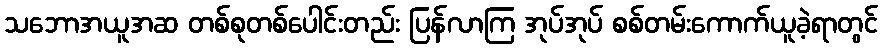
သဘောအယူအဆ တစ်စုတစ်ပေါင်းတည်း ပြန်လာကြ အုပ်အုပ် စစ်တမ်းကောက်ယူခဲ့ရာတွင်